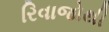
રિવાજોથી